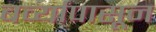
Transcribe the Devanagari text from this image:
बर्व्यांपासून